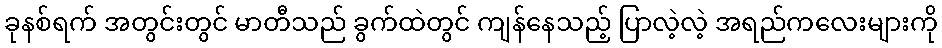
ခုနစ်ရက် အတွင်းတွင် မာတီသည် ခွက်ထဲတွင် ကျန်နေသည့် ပြာလဲ့လဲ့ အရည်ကလေးများကို